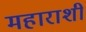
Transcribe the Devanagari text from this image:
महाराशी